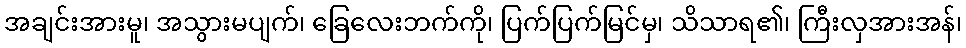
အချင်းအားမူ၊ အသွားမပျက်၊ ခြေလေးဘက်ကို၊ ပြက်ပြက်မြင်မှ၊ သိသာရ၏၊ ကြီးလှအားအန်၊